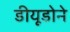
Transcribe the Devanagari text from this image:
डीयूडोने